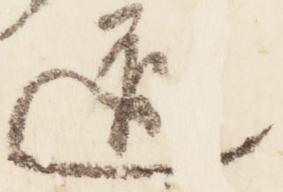
道